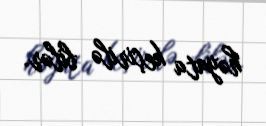
həyata keçirilə bilər.